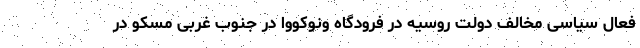
فعال سیاسی مخالف دولت روسیه در فرودگاه ونوکووا در جنوب غربی مسکو در